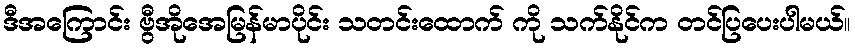
ဒီအကြောင်း ဗွီအိုအေမြန်မာပိုင်း သတင်းထောက် ကို သက်နိုင်က တင်ပြပေးပါမယ်။